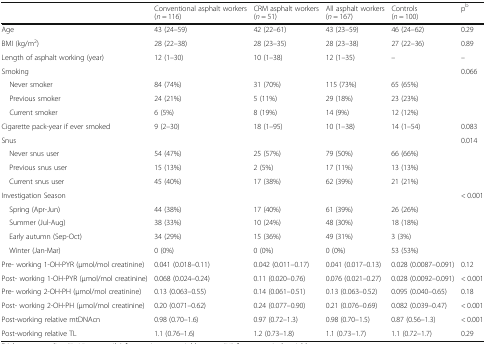
<table><thead><tr><td></td><td><b>Conventional asphalt workers(<i>n</i> = 116)</b></td><td><b>CRM asphalt workers(<i>n</i> = 51)</b></td><td><b>All asphalt workers(<i>n</i> = 167)</b></td><td><b>Controls(<i>n</i> = 100)</b></td><td><b>p<sup>b</sup></b></td></tr></thead><tbody><tr><td>Age</td><td>43 (24–59)</td><td>42 (22–61)</td><td>43 (23–59)</td><td>46 (24–62)</td><td>0.29</td></tr><tr><td>BMI (kg/m<sup>2</sup>)</td><td>28 (22–38)</td><td>28 (23–35)</td><td>28 (23–38)</td><td>27 (22–36)</td><td>0.89</td></tr><tr><td>Length of asphalt working (year)</td><td>12 (1–30)</td><td>10 (1–38)</td><td>12 (1–35)</td><td>–</td><td>–</td></tr><tr><td>Smoking</td><td></td><td></td><td></td><td></td><td>0.066</td></tr><tr><td> Never smoker</td><td>84 (74%)</td><td>31 (70%)</td><td>115 (73%)</td><td>65 (65%)</td><td></td></tr><tr><td> Previous smoker</td><td>24 (21%)</td><td>5 (11%)</td><td>29 (18%)</td><td>23 (23%)</td><td></td></tr><tr><td> Current smoker</td><td>6 (5%)</td><td>8 (19%)</td><td>14 (9%)</td><td>12 (12%)</td><td></td></tr><tr><td>Cigarette pack-year if ever smoked</td><td>9 (2–30)</td><td>18 (1–95)</td><td>10 (1–38)</td><td>14 (1–54)</td><td>0.083</td></tr><tr><td>Snus</td><td></td><td></td><td></td><td></td><td>0.014</td></tr><tr><td> Never snus user</td><td>54 (47%)</td><td>25 (57%)</td><td>79 (50%)</td><td>66 (66%)</td><td></td></tr><tr><td> Previous snus user</td><td>15 (13%)</td><td>2 (5%)</td><td>17 (11%)</td><td>13 (13%)</td><td></td></tr><tr><td> Current snus user</td><td>45 (40%)</td><td>17 (38%)</td><td>62 (39%)</td><td>21 (21%)</td><td></td></tr><tr><td>Investigation Season</td><td></td><td></td><td></td><td></td><td>&lt; 0.001</td></tr><tr><td> Spring (Apr-Jun)</td><td>44 (38%)</td><td>17 (40%)</td><td>61 (39%)</td><td>26 (26%)</td><td></td></tr><tr><td> Summer (Jul-Aug)</td><td>38 (33%)</td><td>10 (24%)</td><td>48 (30%)</td><td>18 (18%)</td><td></td></tr><tr><td> Early autumn (Sep-Oct)</td><td>34 (29%)</td><td>15 (36%)</td><td>49 (31%)</td><td>3 (3%)</td><td></td></tr><tr><td> Winter (Jan-Mar)</td><td>0 (0%)</td><td>0 (0%)</td><td>0 (0%)</td><td>53 (53%)</td><td></td></tr><tr><td>Pre- working 1-OH-PYR (μmol/mol creatinine)</td><td>0.041 (0.018–0.11)</td><td>0.042 (0.011–0.17)</td><td>0.041 (0.017–0.13)</td><td>0.028 (0.0087–0.091)</td><td>0.12</td></tr><tr><td>Post- working 1-OH-PYR (μmol/mol creatinine)</td><td>0.068 (0.024–0.24)</td><td>0.11 (0.020–0.76)</td><td>0.076 (0.021–0.27)</td><td>0.028 (0.0092–0.091)</td><td>&lt; 0.001</td></tr><tr><td>Pre- working 2-OH-PH (μmol/mol creatinine)</td><td>0.13 (0.063–0.55)</td><td>0.14 (0.061–0.51)</td><td>0.13 (0.063–0.52)</td><td>0.095 (0.040–0.65)</td><td>0.18</td></tr><tr><td>Post- working 2-OH-PH (μmol/mol creatinine)</td><td>0.20 (0.071–0.62)</td><td>0.24 (0.077–0.90)</td><td>0.21 (0.076–0.69)</td><td>0.082 (0.039–0.47)</td><td>&lt; 0.001</td></tr><tr><td>Post-working relative mtDNAcn</td><td>0.98 (0.70–1.6)</td><td>0.97 (0.72–1.3)</td><td>0.98 (0.70–1.5)</td><td>0.87 (0.56–1.3)</td><td>&lt; 0.001</td></tr><tr><td>Post-working relative TL</td><td>1.1 (0.76–1.6)</td><td>1.2 (0.73–1.8)</td><td>1.1 (0.73–1.7)</td><td>1.1 (0.72–1.7)</td><td>0.29</td></tr></tbody></table>